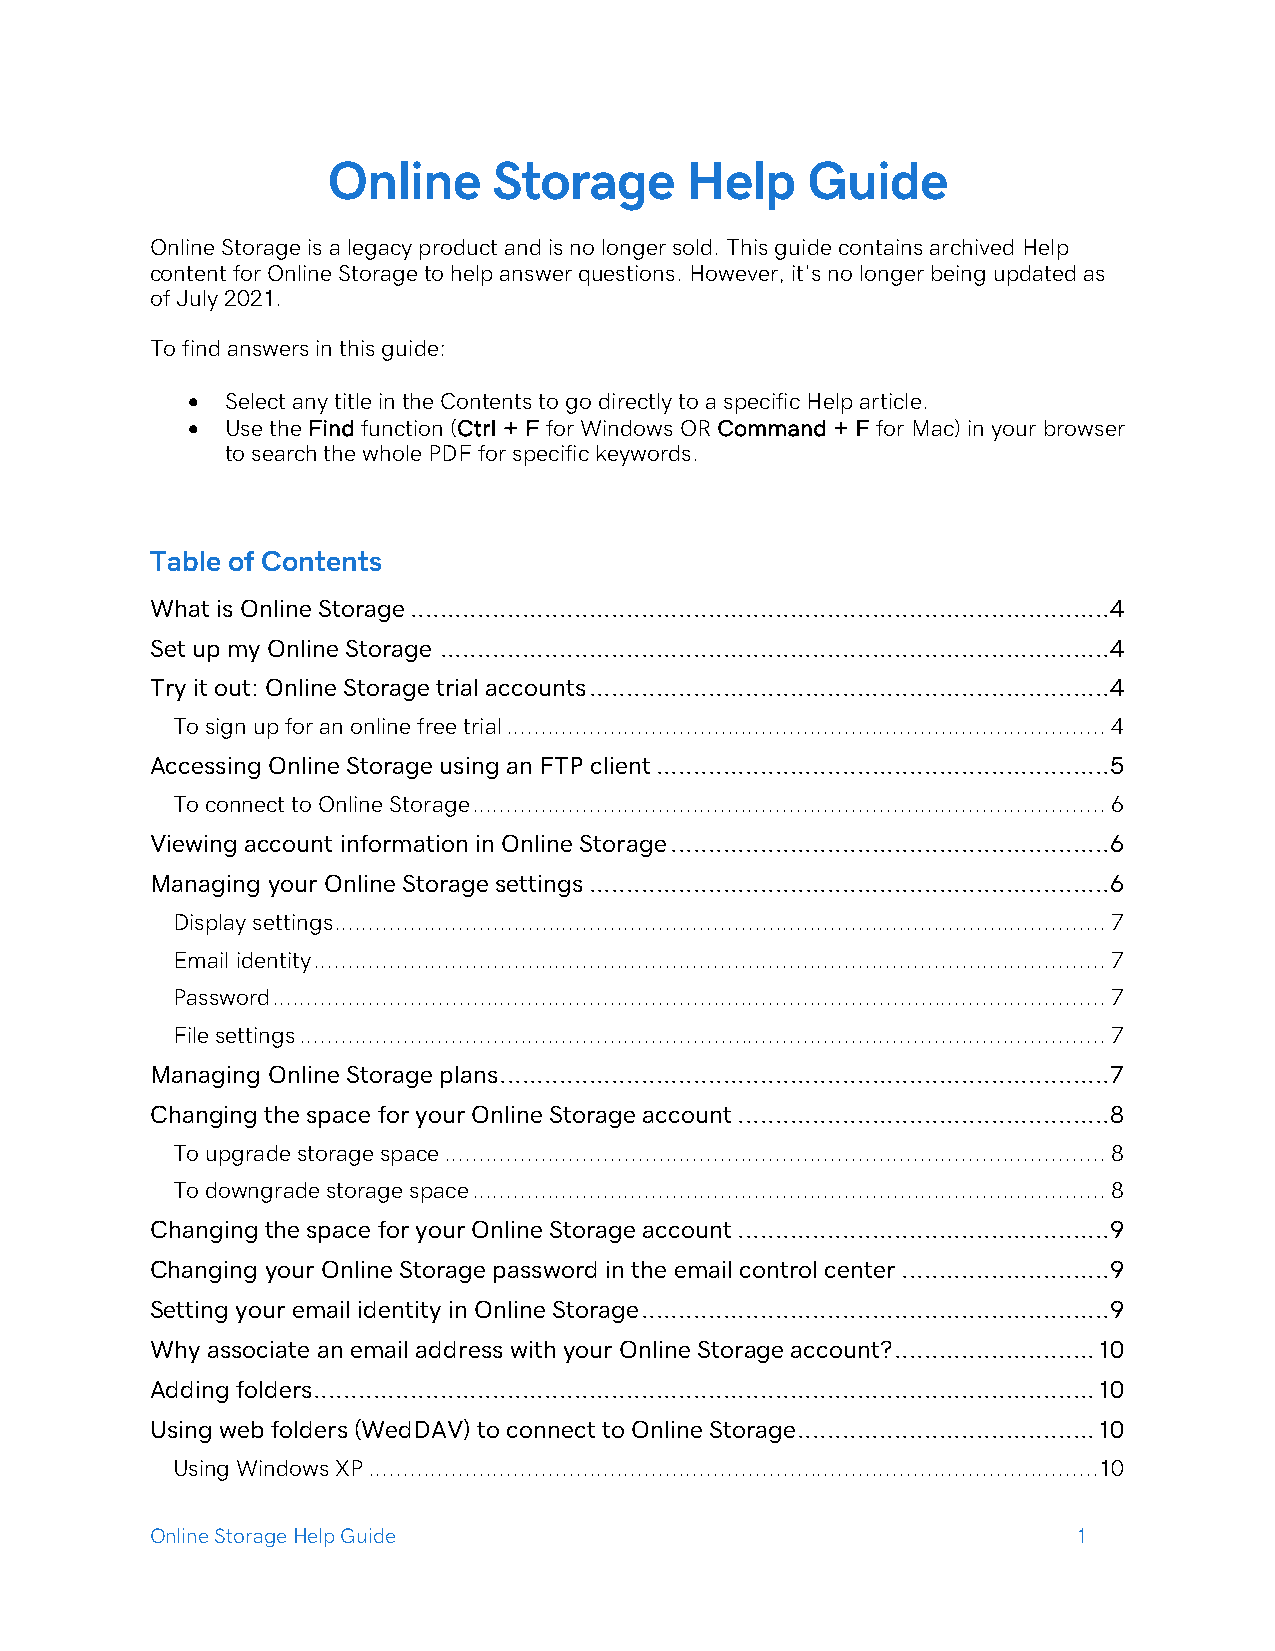
Online     Storage     Help    Guide
 Online Storage is a legacy product and is no longer sold. This guide contains archived Help
 content for Online Storage to help answer questions. However, it’s no longer being updated as
 of July 2021.
 To find answers in this guide:
 •  Select any title in the Contents to go directly to a specific Help article.
 •  Use the Find function (Ctrl + F for Windows OR Command + F for Mac) in your browser
 to search the whole PDF for specific keywords.
 Table of Contents
 What is Online Storage .............................................................................................. 4
 Set up my Online Storage .......................................................................................... 4
 Try it out: Online Storage trial accounts ...................................................................... 4
 To sign up for an online free trial ....................................................................................... 4
 Accessing Online Storage using an FTP client ............................................................. 5
 To connect to Online Storage ............................................................................................ 6
 Viewing account information in Online Storage ........................................................... 6
 Managing your Online Storage settings ...................................................................... 6
 Display settings ................................................................................................................ 7
 Email identity ................................................................................................................... 7
 Password ......................................................................................................................... 7
 File settings ..................................................................................................................... 7
 Managing Online Storage plans .................................................................................. 7
 Changing the space for your Online Storage account .................................................. 8
 To upgrade storage space ................................................................................................ 8
 To downgrade storage space ............................................................................................ 8
 Changing the space for your Online Storage account .................................................. 9
 Changing your Online Storage password in the email control center ............................ 9
 Setting your email identity in Online Storage ............................................................... 9
 Why associate an email address with your Online Storage account? ........................... 10
 Adding folders ......................................................................................................... 10
 Using web folders (WedDAV) to connect to Online Storage ........................................ 10
 Using Windows XP .......................................................................................................... 10
 Online Storage Help Guide                                    1